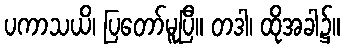
ပကာသယိ၊ ပြတော်မူပြီ။ တဒါ၊ ထိုအခါ၌။